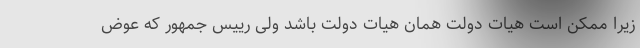
زیرا ممکن است هیات دولت همان هیات دولت باشد ولی رییس جمهور که عوض